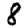
Digit: 8